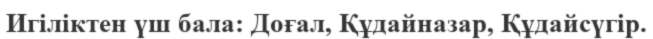
Игіліктен үш бала: Доғал, Құдайназар, Құдайсүгір.